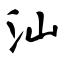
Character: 汕